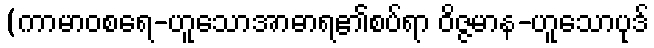
(ကာမာဝစရေ-ဟူသောအာဓာရ၏စပ်ရာ ဝိဇ္ဇမာန-ဟူသောပုဒ်